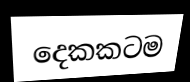
දෙකකටම